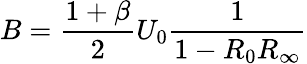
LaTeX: B=\frac{1+\beta}{2}U_{0}\frac{1}{1-R_{0}R_{\infty}}